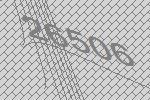
26506